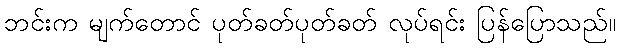
ဘင်းက မျက်တောင် ပုတ်ခတ်ပုတ်ခတ် လုပ်ရင်း ပြန်ပြောသည်။